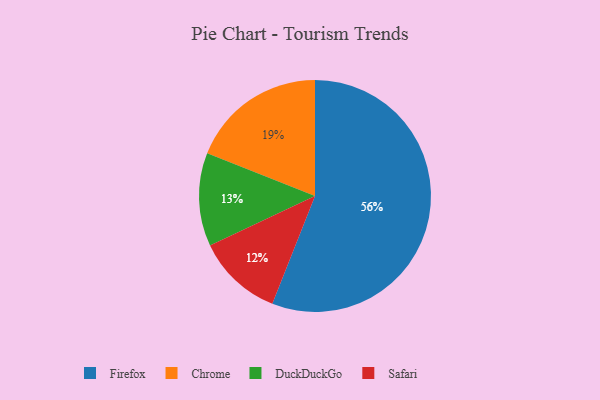
{"axis": {"x": "Category", "y": "Percentage"}, "legend": ["Chrome", "DuckDuckGo", "Firefox", "Safari"], "data": [{"x": "Chrome", "y": 19, "type": "Chrome"}, {"x": "DuckDuckGo", "y": 13, "type": "DuckDuckGo"}, {"x": "Firefox", "y": 56, "type": "Firefox"}, {"x": "Safari", "y": 12, "type": "Safari"}]}